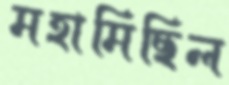
মহামিছিল